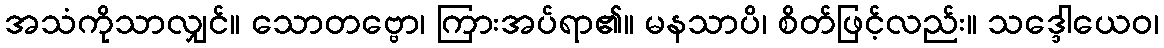
အသံကိုသာလျှင်။ သောတဗ္ဗော၊ ကြားအပ်ရာ၏။ မနသာပိ၊ စိတ်ဖြင့်လည်း။ သဒ္ဒေါယေဝ၊